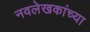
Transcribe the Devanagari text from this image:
नवलेखकांच्या